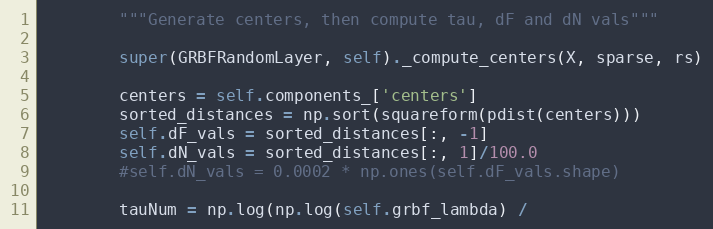
Language: Python
        """Generate centers, then compute tau, dF and dN vals"""

        super(GRBFRandomLayer, self)._compute_centers(X, sparse, rs)

        centers = self.components_['centers']
        sorted_distances = np.sort(squareform(pdist(centers)))
        self.dF_vals = sorted_distances[:, -1]
        self.dN_vals = sorted_distances[:, 1]/100.0
        #self.dN_vals = 0.0002 * np.ones(self.dF_vals.shape)

        tauNum = np.log(np.log(self.grbf_lambda) /